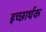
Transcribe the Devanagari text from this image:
इच्छार्थक